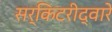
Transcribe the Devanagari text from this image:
सर्किटरीद्वारे